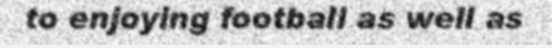
to enjoying football as well as